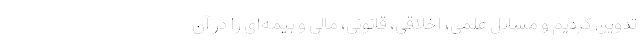
تدوین کردیم و مسائل علمی، اخلاقی، قانونی، مالی و بیمه‌ای را در آن